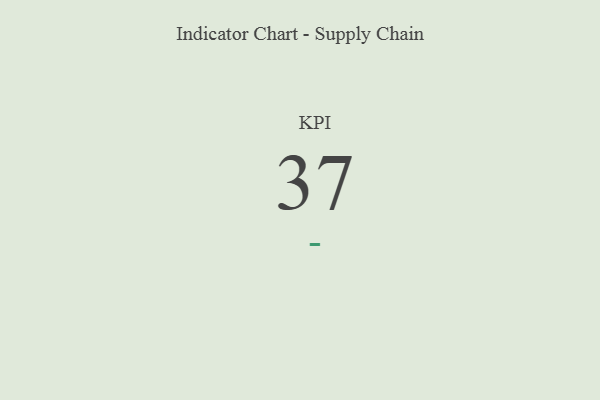
{"axis": {"x": "KPI", "y": "Value"}, "legend": [""], "data": [{"x": "KPI", "y": 37, "type": ""}]}